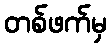
တစ်ဖက်မှ